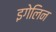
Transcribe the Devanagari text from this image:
इगेलिन